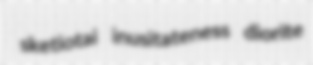
sketiotai inusitateness diorite